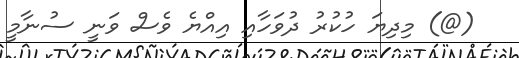
(@) މިދިޔަ ހުކުރު ދުވަހާއި އިއްޔެ ވެސް ވަނީ ސުނާމީ